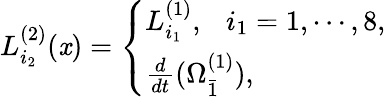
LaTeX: L_{i_{2}}^{(2)}(\mathit{x})=\left\{ \begin{array}{ll}{{L_{i_{1}}^{(1)},\ \ \ i_{1}=1,\cdots,8,}}\\ {{\frac{d}{dt}(\Omega_{\bar{1}}^{(1)}),}}\end{array}\right.